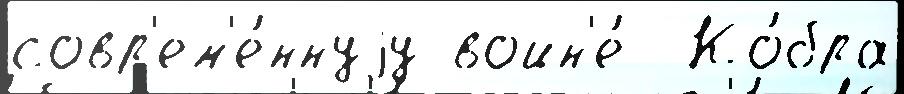
совр'ем'е́ннуjу войн'е́  Ко́бра